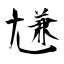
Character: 尲